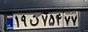
۱۹ق۷۵۴۷۷